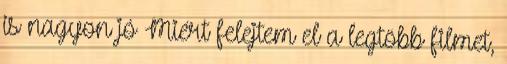
is nagyon jó Miért felejtem el a legtöbb filmet,